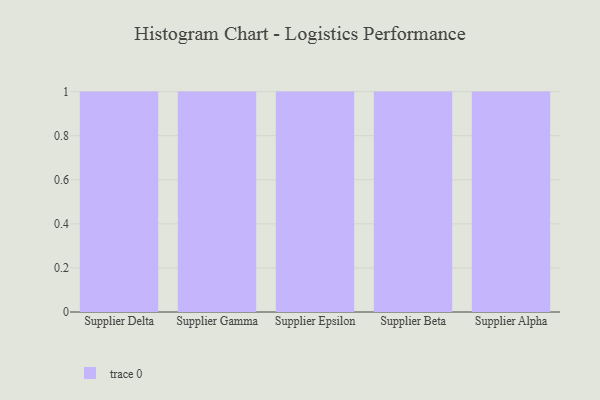
{"axis": {"x": "Supplier", "y": "Production Output"}, "legend": [""], "data": [{"x": "Supplier Delta", "y": 54, "type": ""}, {"x": "Supplier Gamma", "y": 24, "type": ""}, {"x": "Supplier Epsilon", "y": 19, "type": ""}, {"x": "Supplier Beta", "y": 77, "type": ""}, {"x": "Supplier Alpha", "y": 62, "type": ""}]}